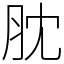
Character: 䏙